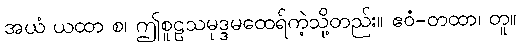
အယံ ယထာ စ၊ ဤစူဠသမုဒ္ဒမထေရ်ကဲ့သို့တည်း။ ဧဝံ-တထာ၊ တူ။